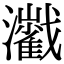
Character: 𤄔